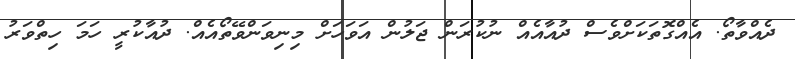
ދެއްވާތޯ. އެއްގޮތަކަށްވެސް ދުއާއެއް ނުކުރަން ޖަލުން އަވަހަށް މިނިވަންވޭތޯއެއް. ދުއާކުރީ ހަމަ ހިތްވަރު